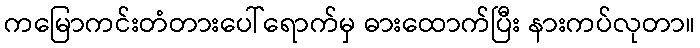
ကမြောကင်းတံတားပေါ်ရောက်မှ ဓားထောက်ပြီး နားကပ်လုတာ။